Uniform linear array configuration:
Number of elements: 32
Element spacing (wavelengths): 1
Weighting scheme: kaiser
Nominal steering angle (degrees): -15
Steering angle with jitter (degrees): -13.077
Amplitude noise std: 0.05
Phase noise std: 0.05

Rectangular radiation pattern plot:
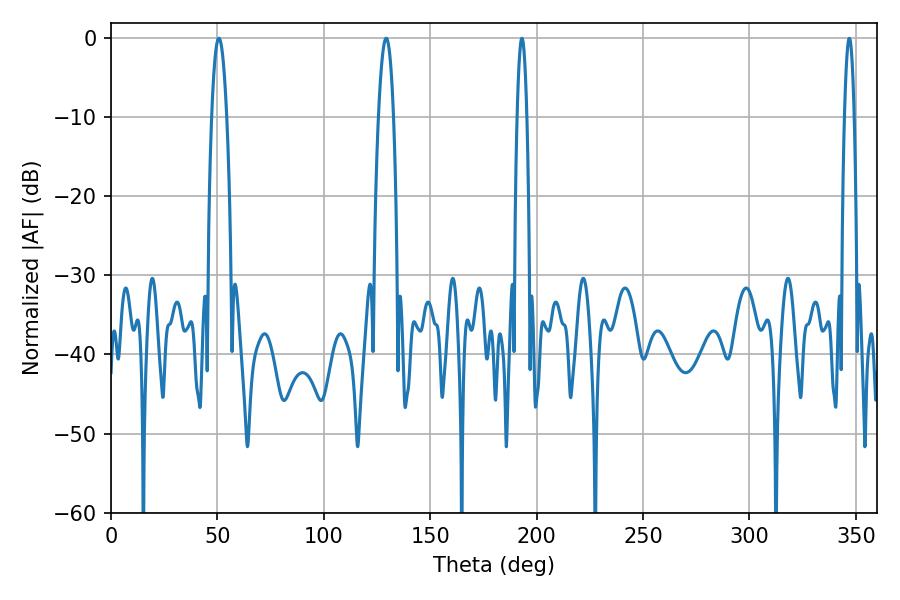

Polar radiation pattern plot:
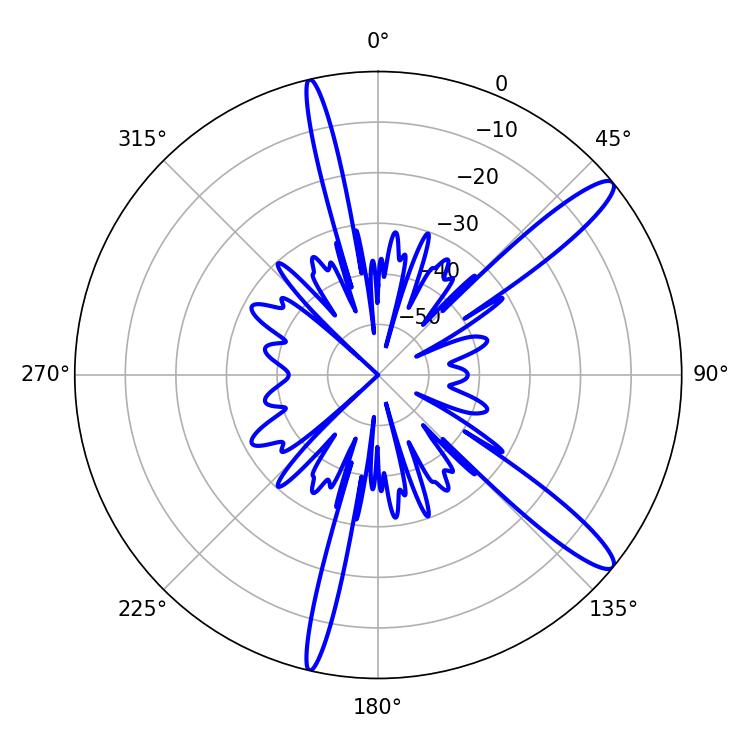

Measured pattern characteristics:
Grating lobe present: TRUE
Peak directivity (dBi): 13.348
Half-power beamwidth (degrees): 3.96
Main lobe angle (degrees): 50.76